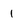
Character: 1